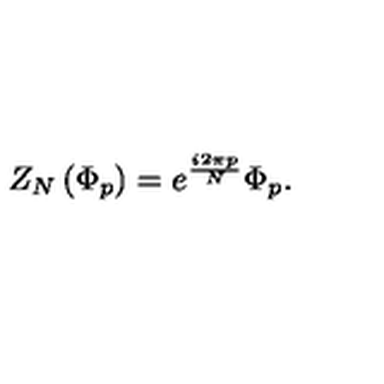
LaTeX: Z _ { N } \left( \Phi _ { p } \right) = e ^ { \frac { i 2 \pi p } { N } } \Phi _ { p } .